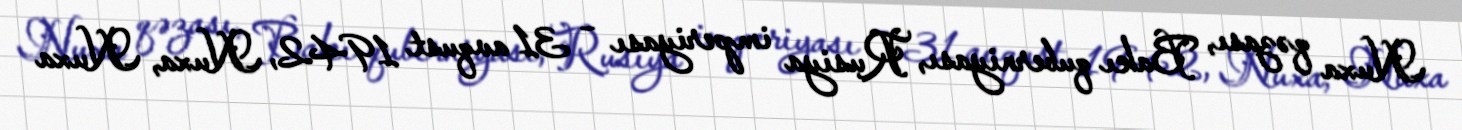
Nuxa qəzası, Bakı quberniyası, Rusiya imperiyası – 31 avqust 1942, Nuxa, Nuxa